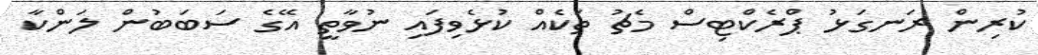
ކުރިން ރަނގަޅު ޕްރެކްޓިސް މެޗު ތަކެއް ކުޅެވިފައި ނުވާތީ އޭގެ ސަބަބުން ލަންކާ